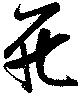
死